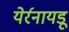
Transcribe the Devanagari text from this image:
येर्रनायडू